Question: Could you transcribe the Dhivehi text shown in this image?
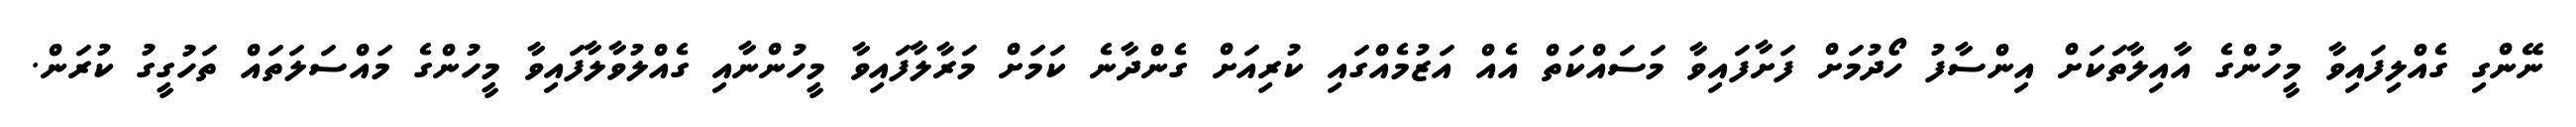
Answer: ނޭންގި ގެއްލިފައިވާ މީހުންގެ އާއިލާތަކަށް އިންސާފު ހޯދުމަށް ފަށާފައިވާ މަސައްކަތް އެއް އަޒުމެއްގައި ކުރިއަށް ގެންދާނެ ކަމަށް މަރާލާފައިވާ މީހުންނާއި ގެއްލުވާލާފައިވާ މީހުންގެ މައްސަލަތައް ތަހުގީގު ކުރަން.